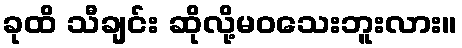
ခုထိ သီချင်း ဆိုလို့မဝသေးဘူးလား။